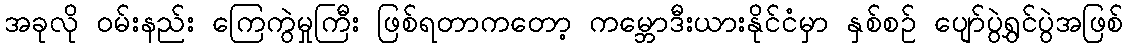
အခုလို ဝမ်းနည်း ကြေကွဲမှုကြီး ဖြစ်ရတာကတော့ ကမ္ဘောဒီးယားနိုင်ငံမှာ နှစ်စဉ် ပျော်ပွဲရွှင်ပွဲအဖြစ်